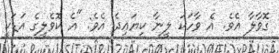
ގޮވާލާ އެވެ. އެ ވާހަކަ ލީނާ ކިޔައިދެ އެވެ: "އެ ކޮވެލީގެ އަޑަކީ